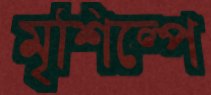
মৃশিল্পে